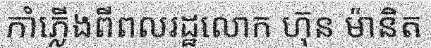
កាំភ្លើងពីពលរដ្ឋលោក ហ៊ុន ម៉ានិត